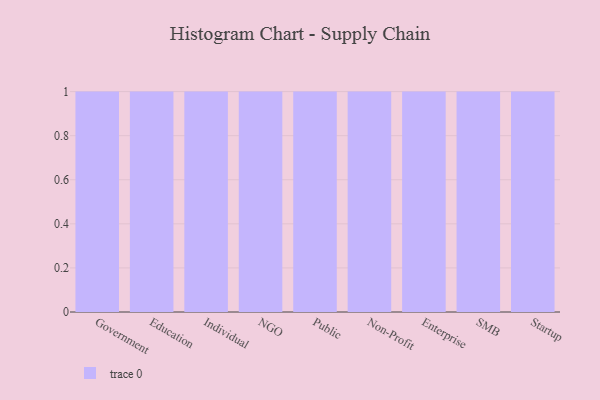
{"axis": {"x": "Segment", "y": "Demand Index"}, "legend": [""], "data": [{"x": "Government", "y": 58, "type": ""}, {"x": "Education", "y": 19, "type": ""}, {"x": "Individual", "y": 53, "type": ""}, {"x": "NGO", "y": 50, "type": ""}, {"x": "Public", "y": 8, "type": ""}, {"x": "Non-Profit", "y": 77, "type": ""}, {"x": "Enterprise", "y": 52, "type": ""}, {"x": "SMB", "y": 78, "type": ""}, {"x": "Startup", "y": 65, "type": ""}]}